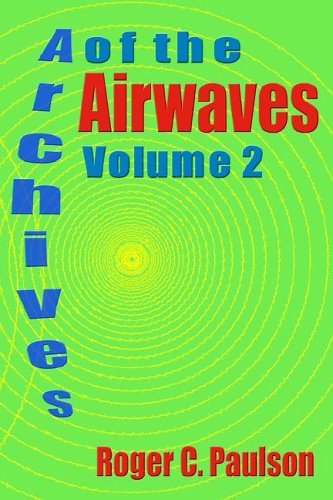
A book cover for Archives of the Airwaves Vol. 2; Roger C. Paulson; Humor & Entertainment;